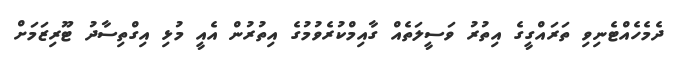
ދެމެހެއްޓެނިވި ތަރައްގީގެ އިތުރު ވަސީލަތެއް ގާއިމްކުރެވުމުގެ އިތުރުން އެއީ މުޅި އިގްތިސާދު ޓޫރިޒަމަށް